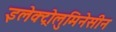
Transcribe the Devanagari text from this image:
इलेक्ट्रोलुमिनेसीन